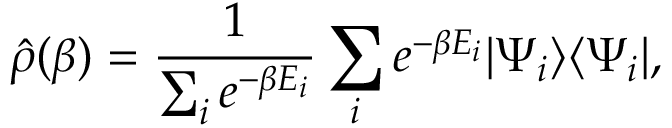
\hat { \rho } ( \beta ) = \frac { 1 } { \sum _ { i } e ^ { - \beta E _ { i } } } \sum _ { i } e ^ { - \beta E _ { i } } | \Psi _ { i } \rangle \langle \Psi _ { i } | ,